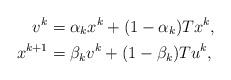
LaTeX: \begin{align*} v^{k} &= \alpha_k x^k + (1 -\alpha_k) Tx^k,\\ x^{k+1} &= \beta_k v^k + (1 -\beta_k) Tu^k, \end{align*}